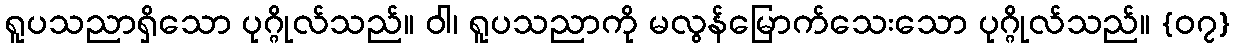
ရူပသညာရှိသော ပုဂ္ဂိုလ်သည်။ ဝါ၊ ရူပသညာကို မလွန်မြောက်သေးသော ပုဂ္ဂိုလ်သည်။ {၀၇}